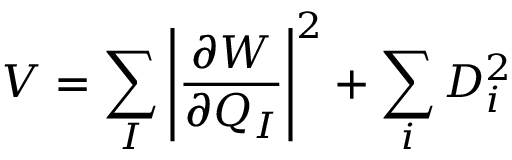
V = \sum _ { I } \left| \frac { \partial W } { \partial Q _ { I } } \right| ^ { 2 } + \sum _ { i } D _ { i } ^ { 2 }